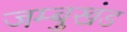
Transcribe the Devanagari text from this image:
जम्बुखंड